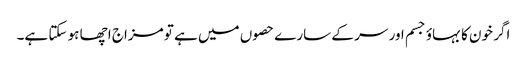
اگر خون کا بہاؤ جسم اور سر کے سارے حصوں میں ہے تو مزاج اچھا ہو سکتا ہے۔